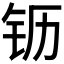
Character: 𰽝